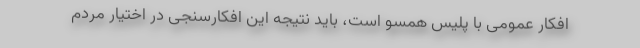
افکار عمومی با پلیس همسو است، باید نتیجه این افکارسنجی در اختیار مردم